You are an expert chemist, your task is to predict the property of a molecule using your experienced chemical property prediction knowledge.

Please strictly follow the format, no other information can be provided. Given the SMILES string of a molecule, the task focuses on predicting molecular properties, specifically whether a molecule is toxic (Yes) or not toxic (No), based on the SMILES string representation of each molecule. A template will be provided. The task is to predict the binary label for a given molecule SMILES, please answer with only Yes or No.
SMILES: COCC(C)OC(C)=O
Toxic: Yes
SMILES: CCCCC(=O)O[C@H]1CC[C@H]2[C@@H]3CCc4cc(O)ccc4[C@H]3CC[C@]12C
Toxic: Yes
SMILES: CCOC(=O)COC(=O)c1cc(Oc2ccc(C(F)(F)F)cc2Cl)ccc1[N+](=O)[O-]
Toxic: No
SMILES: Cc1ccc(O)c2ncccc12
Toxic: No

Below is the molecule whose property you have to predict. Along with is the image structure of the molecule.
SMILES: CCCCCCCCCCCCCCBr
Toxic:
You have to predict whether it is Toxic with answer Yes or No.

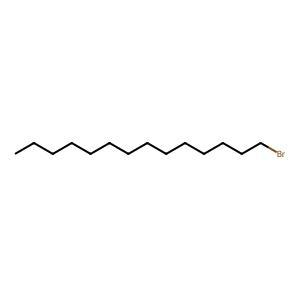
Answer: No